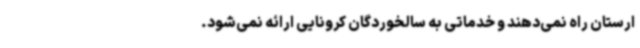
ارستان راه نمی‌دهند و خدماتی به سالخوردگان کرونایی ارائه نمی‌شود.